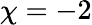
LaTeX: \chi=-2